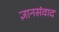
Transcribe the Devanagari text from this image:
ज्ञानसंवाद